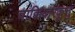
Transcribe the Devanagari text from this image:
चाक्कियारकूत्तु